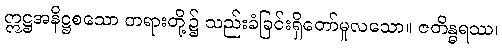
ဣဋ္ဌအနိဋ္ဌစသော တရားတို့၌ သည်းခံခြင်းရှိတော်မူလသော။ ဇတိန္ဓရဿ၊